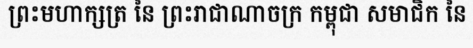
ព្រះមហាក្សត្រ នៃ ព្រះរាជាណាចក្រ កម្ពុជា សមាជិក នៃ